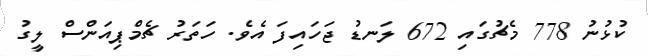
ކުޅުނު 778 މެޗުގައި 672 ލަނޑު ޖަހައިފަ އެވެ. ހަތަރު ޗެމްޕިއަންސް ލީގު